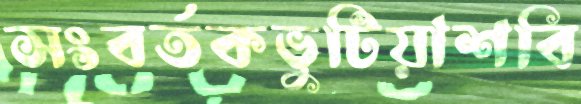
সংবর্তকভুটিয়াশবি